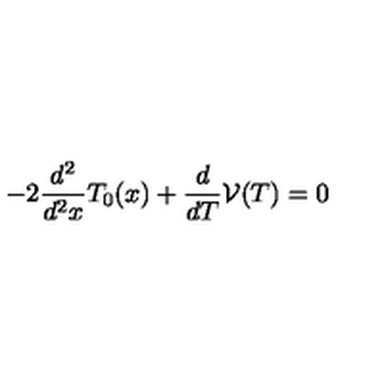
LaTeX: - 2 \frac { d ^ { 2 } } { d ^ { 2 } x } T _ { 0 } ( x ) + \frac { d } { d T } \mathcal { V } ( T ) = 0